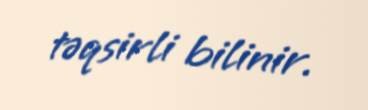
təqsirli bilinir.